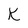
Character: k